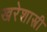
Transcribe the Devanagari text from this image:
खरेशास्त्री